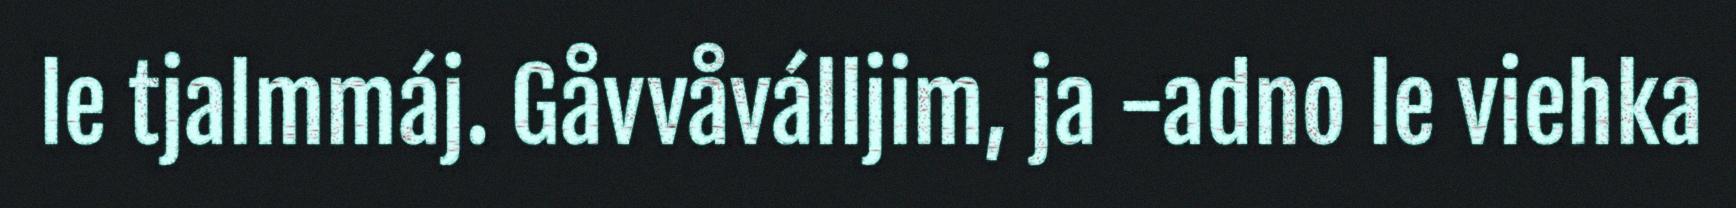
le tjalmmáj. Gåvvåválljim, ja -adno le viehka